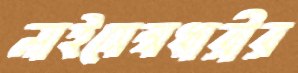
লাইসেন্সধারীর